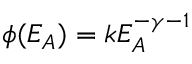
\phi ( E _ { A } ) = k E _ { A } ^ { - \gamma - 1 }